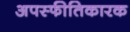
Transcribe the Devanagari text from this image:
अपस्फीतिकारक